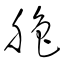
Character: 艪